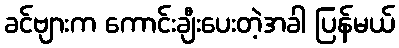
ခင်ဗျားက ကောင်းချီးပေးတဲ့အခါ ပြန်မယ်